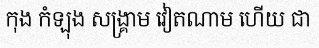
កុង កំឡុង សង្គ្រាម វៀតណាម ហើយ ជា